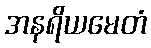
အနရိယမေတံ